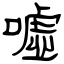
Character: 噓